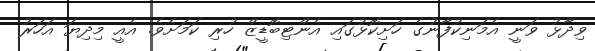
ވިދާޅު ވަނީ އެމަނިކުފާނުގެ ހަށިކޮޅުގައި އެންޓިބޮޑީޒް ހުރި ކަމަށެވެ. އެއީ މިދިޔަ އަހަރު